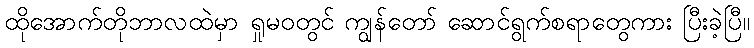
ထိုအောက်တိုဘာလထဲမှာ ရှုမဝတွင် ကျွန်တော် ဆောင်ရွက်စရာတွေကား ပြီးခဲ့ပြီ။